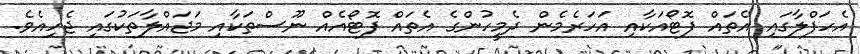
އެހަފްލާގައި އެތައް ފޮޓޯއަކާއި އަހަރެމެން ދެމީހުންގެ އެތައް ފޮޓޯއެއް ނޫސްތަކާއި މަޖައްލާތަކުގައި ޖެހިއެވެ.